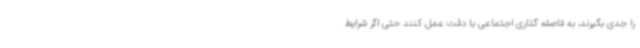
را جدی بگیرند، به فاصله گذاری اجتماعی با دقت عمل کنند حتی اگر شرایط